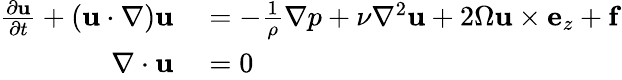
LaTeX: \begin{array}{rl}{\frac{\partial{\mathbf u}}{\partial t}+(\mathbf{u}\cdot{\mathbf\nabla}){\mathbf u}}&{{}=-\frac{1}{\rho}{\mathbf\nabla}p+\nu\nabla^{2}{\mathbf u}+2\Omega{\mathbf u}\times{\mathbf e}_{z}+{\mathbf f}}\\ {{\mathbf\nabla}\cdot{\mathbf{u}}}&{{}=0}\end{array}